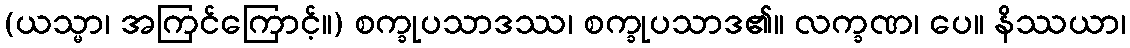
(ယသ္မာ၊ အကြင်ကြောင့်။) စက္ခုပသာဒဿ၊ စက္ခုပသာဒ၏။ လက္ခဏ၊ ပေ။ နိဿယာ၊